Medical and sanitary report of the native army of Madras for the year
Year: 1878
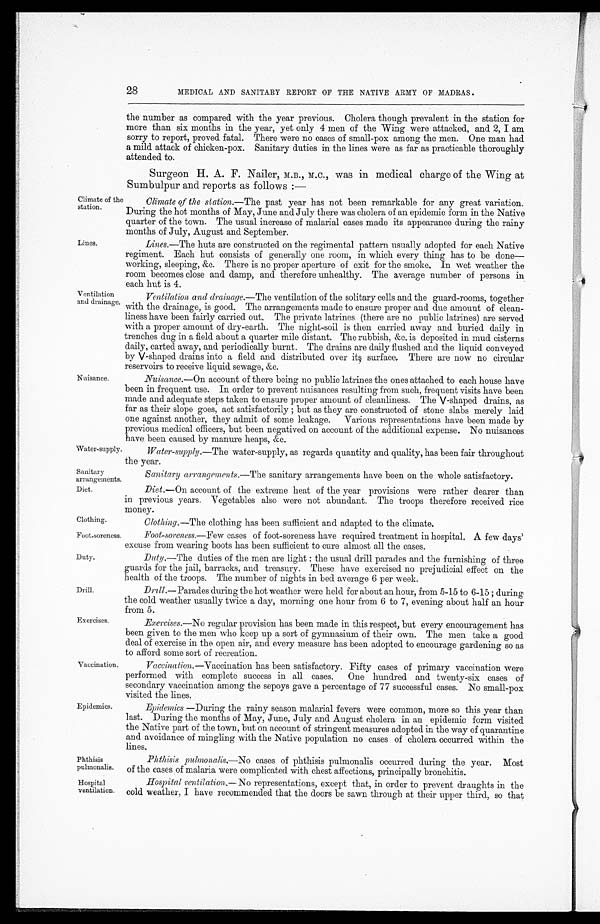
Foot-soreness.
Duty.
Phthisis
pulmonalis.
Hospital
ventilation.
28
Climate of th
e station.
Lines.
V entilation
and drainage.
Nuisance.
MEDICAL AND SANITARY REPORT OF THE NATIVE ARMY OF MADRAS .
the number as compared with the year previous. Cholera though prevalent in the station for
more than six months in the year, yet only 4 men of the Wing were attacked, and 2, I am
sorry to report, proved fatal. There were no cases of small-pox among the men. One man had
a mild attack of chicken-pox. Sanitary duties in the lines were as far as practicable thoroughly
attended to.
Surgeon H. A. F. Nailer, M.B., MC., was in medical charge of the Wing at
Sumbulpur and reports as follows:—
Climate of the station.— The past year has not been remarkable for any great variation.
During the hot months of May, June and July there was cholera of an epidemic form in the Native
quarter of the town. The usual increase of malarial cases made its appearance during the rainy
months of July, August and September.
Lines.—The huts are constructed on the regimental pattern usually adopted for each Native
regiment. Each hut consists of generally one room, in which every thing has to be done
—
working, sleeping, &c. There is no proper aperture of exit for the smoke. In wet weather the
room becomes close and damp, and therefore unhealthy. The average number of persons in
each hut is 4.
Ventilation and drainage.— The ventilation of the solitary cells and the guard-rooms, together
with the drainage, is good. The arrangements made to ensure proper and due amount of clean
-
liness have been fairly carried out. The private latrines (there are no public latrines) are served
with a proper amount of dry-earth. The night-soil is then carried away and buried daily in
trenches dug in a field about a quarter mile distant. The rubbish, &c. is deposited in mud cisterns
daily, carted away, and periodically burnt. The drains are daily flushed and the liquid conveyed
by V-shaped drains into a field and distributed over its surface. There are now no circular
reservoirs to receive liquid sewage, &c.
Nuisance.—On account of there being no public latrines the ones attached to each house have
been in frequent use. In order to prevent nuisances resulting from such, frequent visits have been
made and adequate steps taken to ensure proper amount of cleanliness. The V-shaped drains, as
far as their slope goes, act satisfactorily; but as they are constructed of stone slabs merely laid
one against another, they admit of some leakage. Various representations have been made by
previous medical officers, but been negatived on account of the additional expense. No nuisances
have been caused by manure heaps, &c.
Water-supply.
Water-supply.—The water-supply, as regards quantity and quality, has been fair throughout
the year.
Sanitary
arrangements.
Sanitary arrangements.— The sanitary arrangements have been on the whole satisfactory.
Diet.
Clothing.
Diet.—On account of the extreme heat of the year provisions were rather dearer than
in previous years. Vegetables also were not abundant. The troops therefore received rice
money.
Clothing.—The clothing has been sufficient and adapted to the climate.
Drill.
Exercises.
Vaccination.
Foot-soreness.—Few cases of foot-soreness have required treatment in hospital. A few days'
excuse from wearing boots has been sufficient to cure almost all the cases.
Duty.—The duties of the men are light: the usual drill parades and the furnishing of three
guards for the jail, barracks, and treasury. These have exercised no prejudicial effect on the
health of the troops. The number of nights in bed average 6 per week.
Drill.—Parades during the hot weather were held for about an hour, from 5-15 to 6-15; during
the cold weather usually twice a day, morning one hour from 6 to 7, evening about half an hour
from 5.
Exercises.—No regular provision has been made in this respect, but every encouragement has
been given to the men who keep up a sort of gymnasium of their own. The men take a good
deal of exercise in the open air, and every measure has been adopted to encourage gardening so as
to afford some sort of recreation.
Vaccination .—Vaccination has been satisfactory. Fifty cases of primary vaccination were
performed with complete success in all cases. One hundred and twenty-six cases of
secondary vaccination among the sepoys gave a percentage of 77 successful cases. No small-pox
visited the lines.
Epidemics.
Epidemics—During the rainy season malarial fevers were common, more so this year than
last. During the months of May, June, July and August cholera in an epidemic form visited
the Native part of the town, but on account of stringent measures adopted in the way of quarantine
and avoidance of mingling with the Native population no cases of cholera occurred within the
lines.
Phthisis pulmonalis.—No cases of phthisis pulmonalis occurred during the year. Most
of the cases of malaria were complicated with chest affections, principally bronchitis.
Hospital ventilation.— No representations, except that, in order to prevent draughts in the
cold weather, I have recommended that the doors be sawn through at their upper third, so that